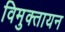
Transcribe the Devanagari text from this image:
विमुक्तायन